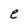
Character: e